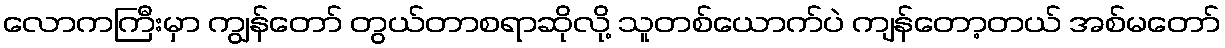
လောကကြီးမှာ ကျွန်တော် တွယ်တာစရာဆိုလို့ သူတစ်ယောက်ပဲ ကျန်တော့တယ် အစ်မတော်